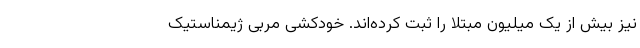
نیز بیش از یک میلیون مبتلا را ثبت کرده‌اند. خودکشی مربی ژیمناستیک